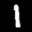
Label: 1